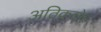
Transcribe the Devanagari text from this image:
अतिकठोर